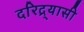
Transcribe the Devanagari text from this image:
दरिद्र्यासी